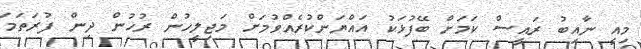
މިއީ ނާއިބު ރައީސް ކަމަށް ބޭފުޅަކު އައްޔަންކުރެއްވުމަށް މަޖިލީހުން ރުހުން ދިން ފުރަތަމަ